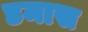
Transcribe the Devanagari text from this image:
डमास